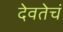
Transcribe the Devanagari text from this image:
देवतेचं